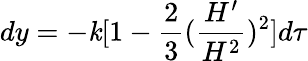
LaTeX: dy=-\mathit{k}[1-\frac{{2}}{{3}}(\frac{{H^{\prime}}}{{H^{2}}})^{2}]d\tau